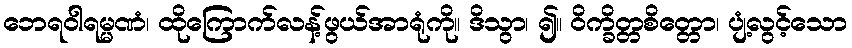
ဘေရဝါရမ္မဏံ၊ ထိုကြောက်လန့်ဖွယ်အာရုံကို။ ဒိသွာ၊ ၍။ ဝိက္ခိတ္တစိတ္တော၊ ပျံ့လွင့်သော